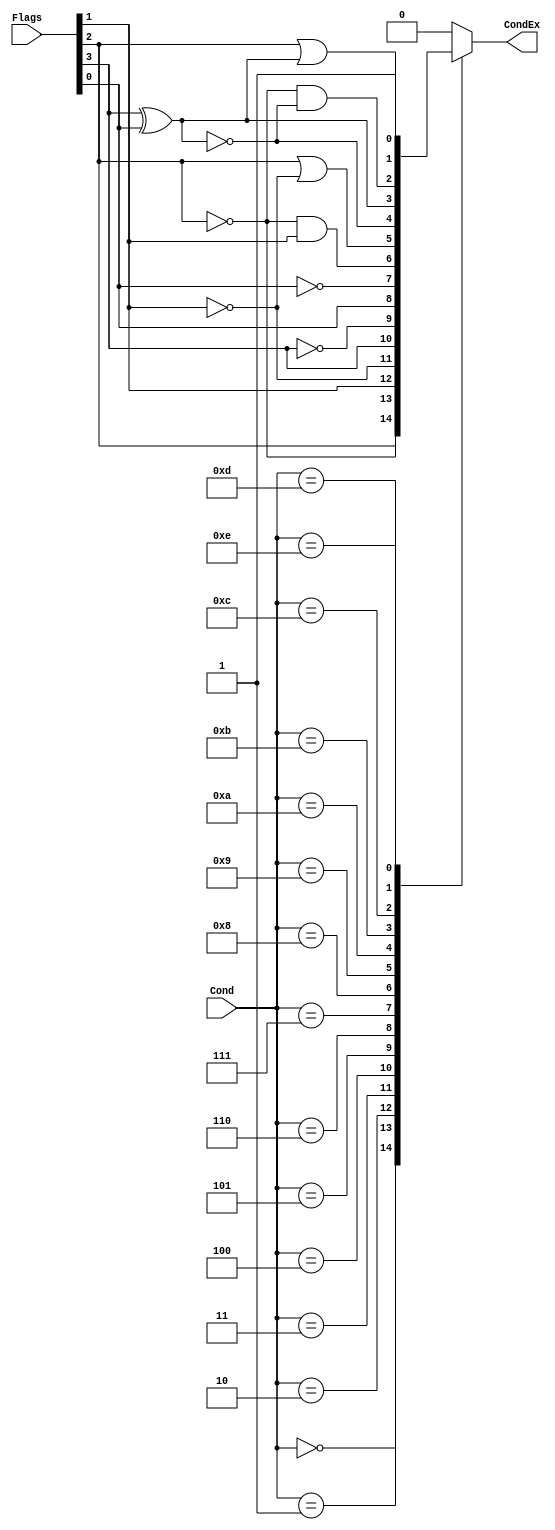
`timescale 1ns / 1ps
module ConditionCheck(
    output reg CondEx,
    input [3:0] Cond,
    input [3:0] Flags //{N,Z,C,V}
    );

	wire N, Z, C, V;
	
	assign N = Flags[3];
	assign Z = Flags[2];
	assign C = Flags[1];
	assign V = Flags[0];

	always @ (*) begin
		case (Cond)
			4'b0000: CondEx = Z; 			//Equal
			4'b0001: CondEx = ~Z; 			//Not Equal
			4'b0010: CondEx = C; 			//Carry Set
			4'b0011: CondEx = ~C;			//Carry Clear
			4'b0100: CondEx = N;				//Minus
			4'b0101: CondEx = ~N;			//Plus
			4'b0110: CondEx = V;				//Overflow
			4'b0111: CondEx = ~V;			//Not Overflow
			4'b1000: CondEx = ~Z & C;		//Unsigned Higer
			4'b1001: CondEx = Z | ~C;		//Unsigned Lower
			4'b1010: CondEx = ~(N^V);		//Signed greater than or equal
			4'b1011: CondEx = (N^V);		//Signed less than
			4'b1100: CondEx = ~Z & ~(N^V);//Signed greater than
			4'b1101: CondEx = Z | (N^V);//Signed less than or equal
			4'b1110: CondEx = 1;				//Always 
			// CondEx es 1 en Always?? 
			default: CondEx = 0;
		endcase
	end
	
endmodule